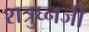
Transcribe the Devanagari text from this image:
शत्रुघ्नजी